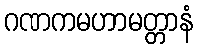
ဂဏကမဟာမတ္တာနံ